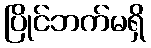
ပြိုင်ဘက်မရှိ